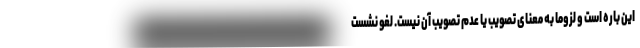
این باره است و لزوماً به معنای تصویب یا عدم تصویب آن نیست. لغو نشست